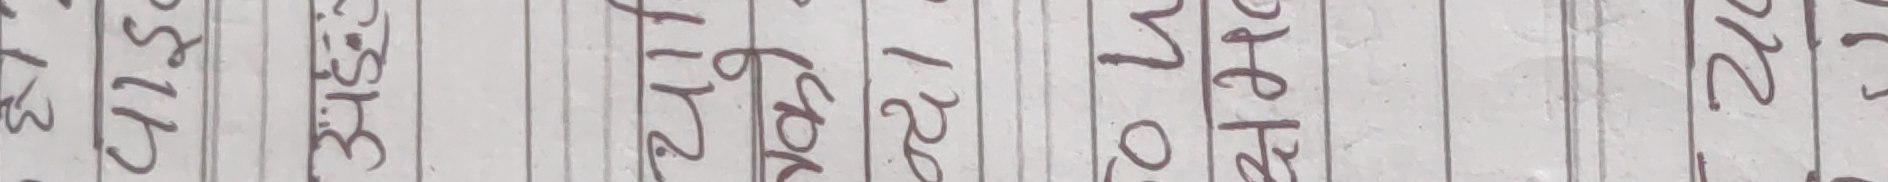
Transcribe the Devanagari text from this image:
३७५११२ ३८३ १३ ३६५ २११२ ६०४ १२० १०६४ ७६५ २२